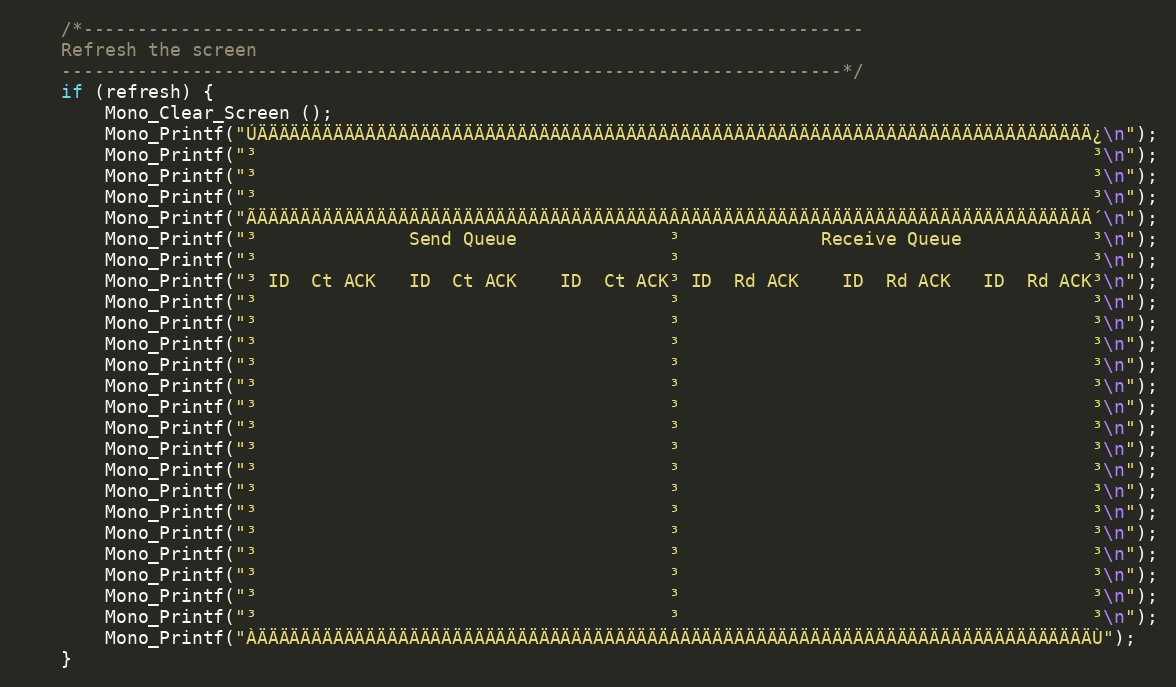
Language: C++
	/*------------------------------------------------------------------------
	Refresh the screen
	------------------------------------------------------------------------*/
	if (refresh) {
		Mono_Clear_Screen ();
		Mono_Printf("ÚÄÄÄÄÄÄÄÄÄÄÄÄÄÄÄÄÄÄÄÄÄÄÄÄÄÄÄÄÄÄÄÄÄÄÄÄÄÄÄÄÄÄÄÄÄÄÄÄÄÄÄÄÄÄÄÄÄÄÄÄÄÄÄÄÄÄÄÄÄÄÄÄÄÄÄÄÄ¿\n");
		Mono_Printf("³                                                                             ³\n");
		Mono_Printf("³                                                                             ³\n");
		Mono_Printf("³                                                                             ³\n");
		Mono_Printf("ÃÄÄÄÄÄÄÄÄÄÄÄÄÄÄÄÄÄÄÄÄÄÄÄÄÄÄÄÄÄÄÄÄÄÄÄÄÄÄÂÄÄÄÄÄÄÄÄÄÄÄÄÄÄÄÄÄÄÄÄÄÄÄÄÄÄÄÄÄÄÄÄÄÄÄÄÄÄ´\n");
		Mono_Printf("³              Send Queue              ³             Receive Queue            ³\n");
		Mono_Printf("³                                      ³                                      ³\n");
		Mono_Printf("³ ID  Ct ACK   ID  Ct ACK    ID  Ct ACK³ ID  Rd ACK    ID  Rd ACK   ID  Rd ACK³\n");
		Mono_Printf("³                                      ³                                      ³\n");
		Mono_Printf("³                                      ³                                      ³\n");
		Mono_Printf("³                                      ³                                      ³\n");
		Mono_Printf("³                                      ³                                      ³\n");
		Mono_Printf("³                                      ³                                      ³\n");
		Mono_Printf("³                                      ³                                      ³\n");
		Mono_Printf("³                                      ³                                      ³\n");
		Mono_Printf("³                                      ³                                      ³\n");
		Mono_Printf("³                                      ³                                      ³\n");
		Mono_Printf("³                                      ³                                      ³\n");
		Mono_Printf("³                                      ³                                      ³\n");
		Mono_Printf("³                                      ³                                      ³\n");
		Mono_Printf("³                                      ³                                      ³\n");
		Mono_Printf("³                                      ³                                      ³\n");
		Mono_Printf("³                                      ³                                      ³\n");
		Mono_Printf("³                                      ³                                      ³\n");
		Mono_Printf("ÀÄÄÄÄÄÄÄÄÄÄÄÄÄÄÄÄÄÄÄÄÄÄÄÄÄÄÄÄÄÄÄÄÄÄÄÄÄÄÁÄÄÄÄÄÄÄÄÄÄÄÄÄÄÄÄÄÄÄÄÄÄÄÄÄÄÄÄÄÄÄÄÄÄÄÄÄÄÙ");
	}